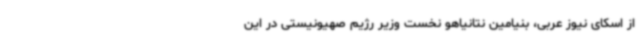
از اسکای نیوز عربی، بنیامین نتانیاهو نخست وزیر رژیم صهیونیستی در این